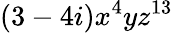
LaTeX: (3-4i)x^{4}yz^{13}